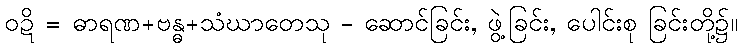
ဝဍိ = ဓာရဏ+ဗန္ဓ+သံဃာတေသု - ဆောင်ခြင်း, ဖွဲ့ခြင်း, ပေါင်းစု ခြင်းတို့၌။